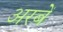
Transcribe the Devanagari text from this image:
अरबें